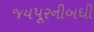
જયપૂરનીબધી